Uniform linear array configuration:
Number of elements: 48
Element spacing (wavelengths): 0.75
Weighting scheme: kaiser
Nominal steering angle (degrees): -60
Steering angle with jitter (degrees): -61.13
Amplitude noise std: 0.05
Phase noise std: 0.05

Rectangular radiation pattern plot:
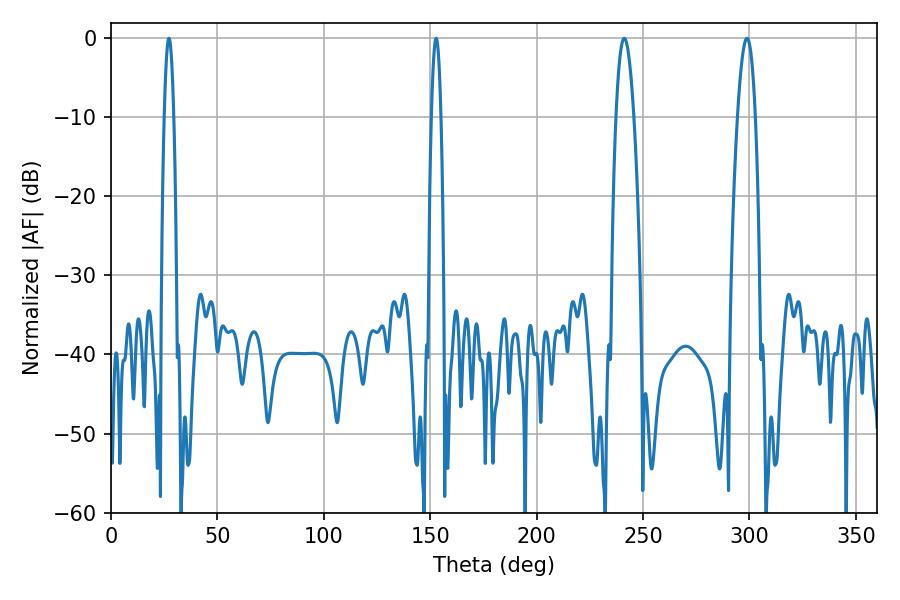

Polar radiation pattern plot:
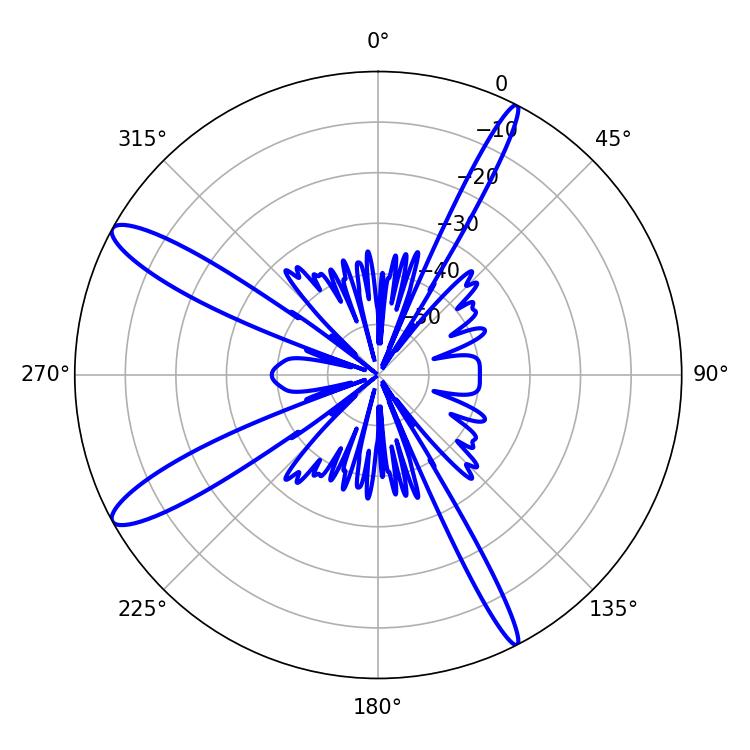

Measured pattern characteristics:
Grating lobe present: TRUE
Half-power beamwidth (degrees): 4.5
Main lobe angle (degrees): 298.8